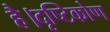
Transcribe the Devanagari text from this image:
है।दृष्टिकोण